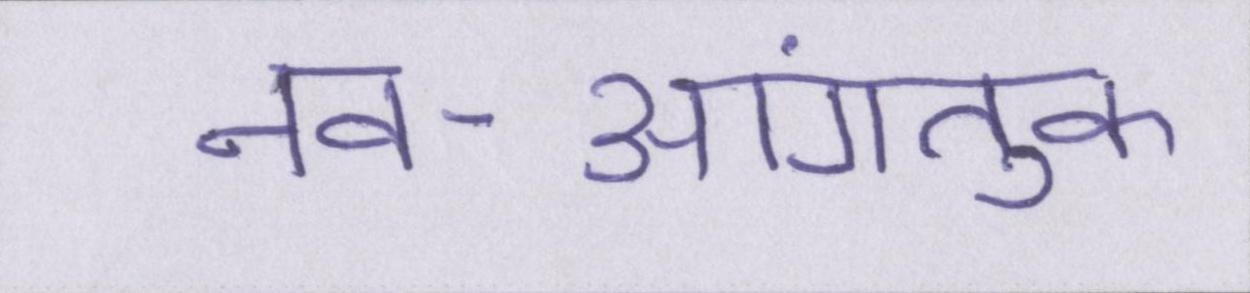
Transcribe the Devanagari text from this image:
नव-आगंतुक